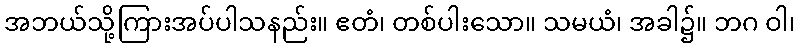
အဘယ်သို့ကြားအပ်ပါသနည်း။ ဧတံ၊ တစ်ပါးသော။ သမယံ၊ အခါ၌။ ဘဂ ဝါ၊